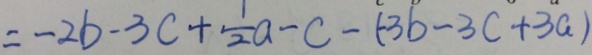
= - 2 b - 3 c + \frac { 1 } { 2 } a - c - ( 3 b - 3 c + 3 a )